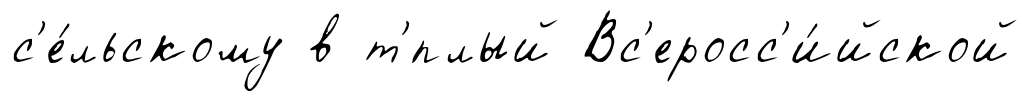
с'е́льскому в т'́плый Вс'еросс'и́йской